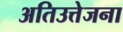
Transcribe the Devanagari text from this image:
अतिउत्तेजना